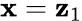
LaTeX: \mathbf{x}=\mathbf{z}_{1}